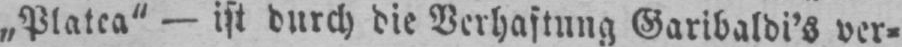
„Platea“ - ist durch die Verhaftung Garibaldi’s ver⸗